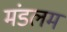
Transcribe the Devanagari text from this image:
मंडलम